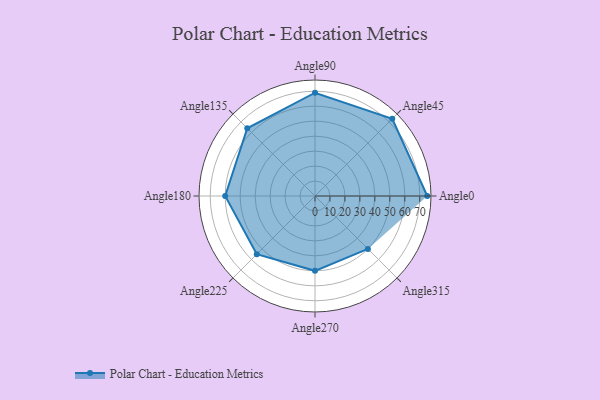
{"axis": {"x": "Angle", "y": "Radius"}, "legend": [""], "data": [{"x": "Angle0", "y": 75.0, "type": ""}, {"x": "Angle45", "y": 73.0, "type": ""}, {"x": "Angle90", "y": 69.0, "type": ""}, {"x": "Angle135", "y": 64.0, "type": ""}, {"x": "Angle180", "y": 60.0, "type": ""}, {"x": "Angle225", "y": 55.0, "type": ""}, {"x": "Angle270", "y": 50.0, "type": ""}, {"x": "Angle315", "y": 50, "type": ""}]}